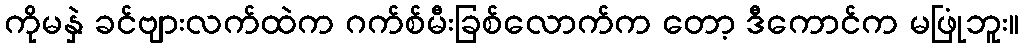
ကိုမနှဲ ခင်ဗျားလက်ထဲက ဂက်စ်မီးခြစ်လောက်က တော့ ဒီကောင်က မဖြုံဘူး။